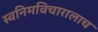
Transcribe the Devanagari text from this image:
स्वनिमविचारालाच